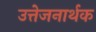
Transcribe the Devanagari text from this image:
उत्तेजनार्थक